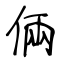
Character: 倆